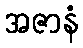
အဇာနံ